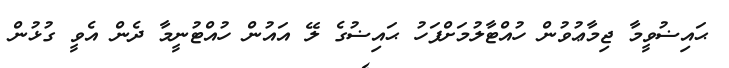
ޙައިޟުވީމާ ޖިމާޢުވުން ހުއްޓާލުމަށްފަހު ޙައިޟުގެ ލޭ އައުން ހުއްޓުނީމާ ދެން އެވީ ގުޅުން